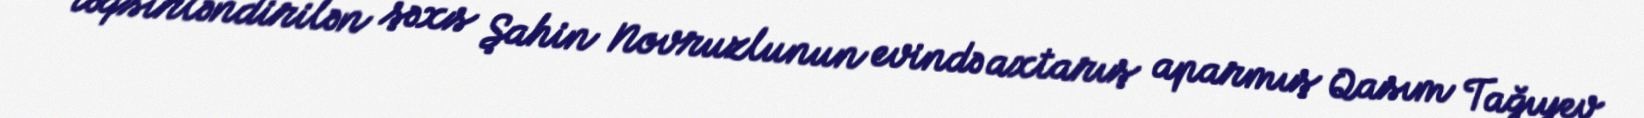
təqsirləndirilən şəxs Şahin Novruzlunun evində axtarış aparmış Qasım Tağıyev